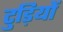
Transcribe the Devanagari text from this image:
टुड़ियों